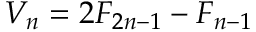
V _ { n } = 2 F _ { 2 n - 1 } - F _ { n - 1 }